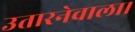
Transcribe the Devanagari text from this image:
उतारनेवाला।